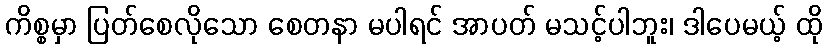
ကိစ္စမှာ ပြတ်စေလိုသော စေတနာ မပါရင် အာပတ် မသင့်ပါဘူး၊ ဒါပေမယ့် ထို